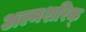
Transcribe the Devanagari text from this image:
अल्मशरिक्